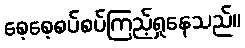
စေ့စေ့စပ်စပ်ကြည့်ရှုနေသည်။